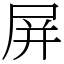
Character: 屏